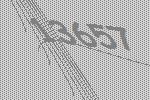
13657